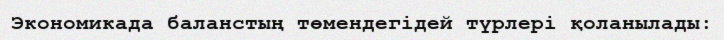
Экономикада баланстың төмендегідей түрлері қоланылады: